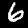
Digit: 6